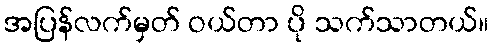
အပြန်လက်မှတ် ဝယ်တာ ပို သက်သာတယ်။